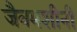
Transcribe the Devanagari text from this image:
जैवमशीनी